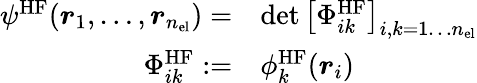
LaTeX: \begin{array}{rl}{\psi^{\mathrm{HF}}({\boldsymbol{r}}_{1},\dots,{\boldsymbol{r}}_{n_{\mathrm{el}}})=}&{\operatorname*{det}\left[\Phi_{ik}^{\mathrm{HF}}\right]_{i,k=1\dots{n_{\mathrm{el}}}}}\\ {\Phi_{ik}^{\mathrm{HF}}:=}&{\phi_{k}^{\mathrm{HF}}({\boldsymbol{r}}_{i})}\end{array}